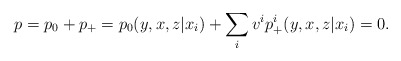
\begin{align*}p=p_0+p_+=p_0(y,x,z|x_i)+\sum_{i} v^ip^i_+(y,x,z|x_i)=0.\end{align*}